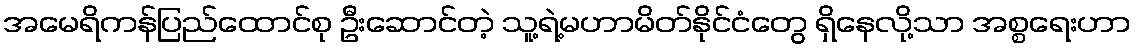
အမေရိကန်ပြည်ထောင်စု ဦးဆောင်တဲ့ သူ့ရဲ့မဟာမိတ်နိုင်ငံတွေ ရှိနေလို့သာ အစ္စရေးဟာ